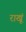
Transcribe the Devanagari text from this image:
राखूं